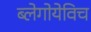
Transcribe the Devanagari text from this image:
ब्लेगोयेविच